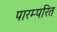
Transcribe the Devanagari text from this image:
पारम्परित